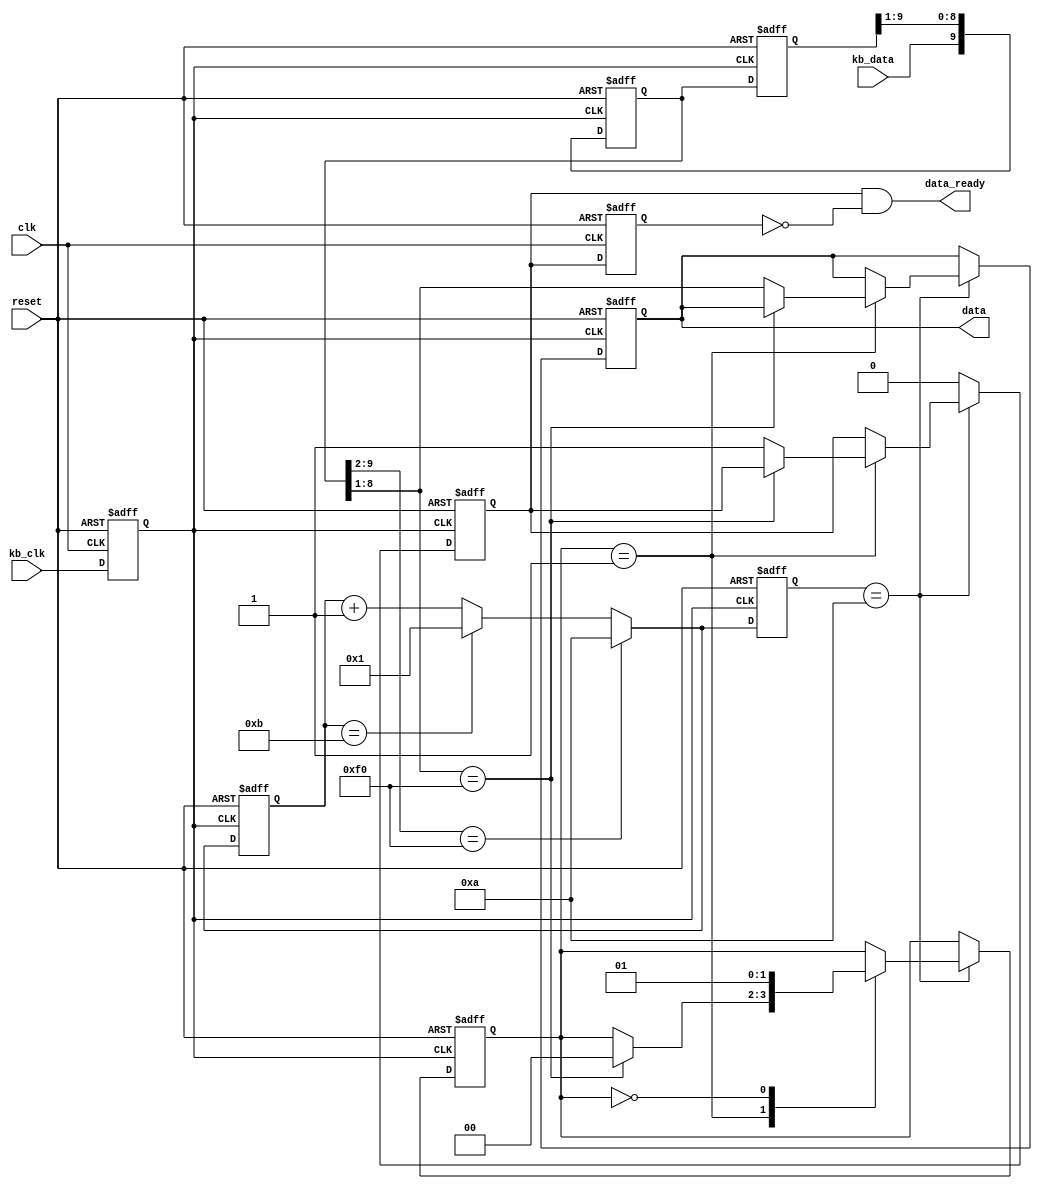
module keyboard(kb_data, kb_clk, clk, reset, data, data_ready);
   input            kb_data;
   input            kb_clk;
   input            clk;
   input            reset;
   output [7:0]     data;
   reg [7:0]        data;
   output           data_ready;
   
   
   reg [9:0]        master;
   reg [9:0]        slave;
   reg              clk_in;
   
   parameter [1:0]  status_s0 = 0,
                    status_makecode = 1;
   reg [1:0]        state;
   
   reg [3:0]        counter;
   reg              data_in;
   reg              data_in_delay;
   
   
   always @(posedge clk or negedge reset)
      if (reset == 1'b0)
         clk_in <= 1'b0;
      else 
         clk_in <= kb_clk;
   
   
   always @(negedge clk_in or negedge reset)
   begin: masterp
      if (reset == 1'b0)
         master <= 10'b0000000000;
      else 
         master <= {kb_data, slave[9:1]};
   end
   
   
   always @(negedge reset or posedge clk_in)
   begin: slavep
      if (reset == 1'b0)
         slave <= 10'b0000000000;
      else 
         slave <= master;
   end
   
   
   always @(negedge reset or negedge clk_in)
   begin: xhdl0
      reg [3:0]        counter_in;
      if (reset == 1'b0)
         counter_in = 0;
      else 
      begin
         if (master[9:2] == 8'hF0)
            counter_in = 10;
         else if (counter_in == 11)
            counter_in = 1;
         else
            counter_in = counter_in + 1;
      end
      counter <= counter_in;
   end
   
   
   always @(posedge clk_in or negedge reset)
      if (reset == 1'b0)
      begin
         state <= status_makecode;
         data <= 8'b00000000;
         data_in <= 1'b0;
      end
      else 
      begin
         if (counter == 10)
            case (state)
               status_makecode :
                  if (master[8:1] == 8'hF0)
                     state <= status_s0;
                  else
                  begin
                     data <= master[8:1];
                     data_in <= 1'b1;
                  end
               status_s0 :
                  state <= status_makecode;
            endcase
         else
            data_in <= 1'b0;
      end
   
   assign data_ready = data_in & ((~data_in_delay));
   
   always @(posedge clk or negedge reset)
      if (reset == 1'b0)
         data_in_delay <= 1'b0;
      else 
         data_in_delay <= data_in;
   
endmodule